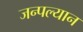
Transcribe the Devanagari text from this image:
जन्पल्यान